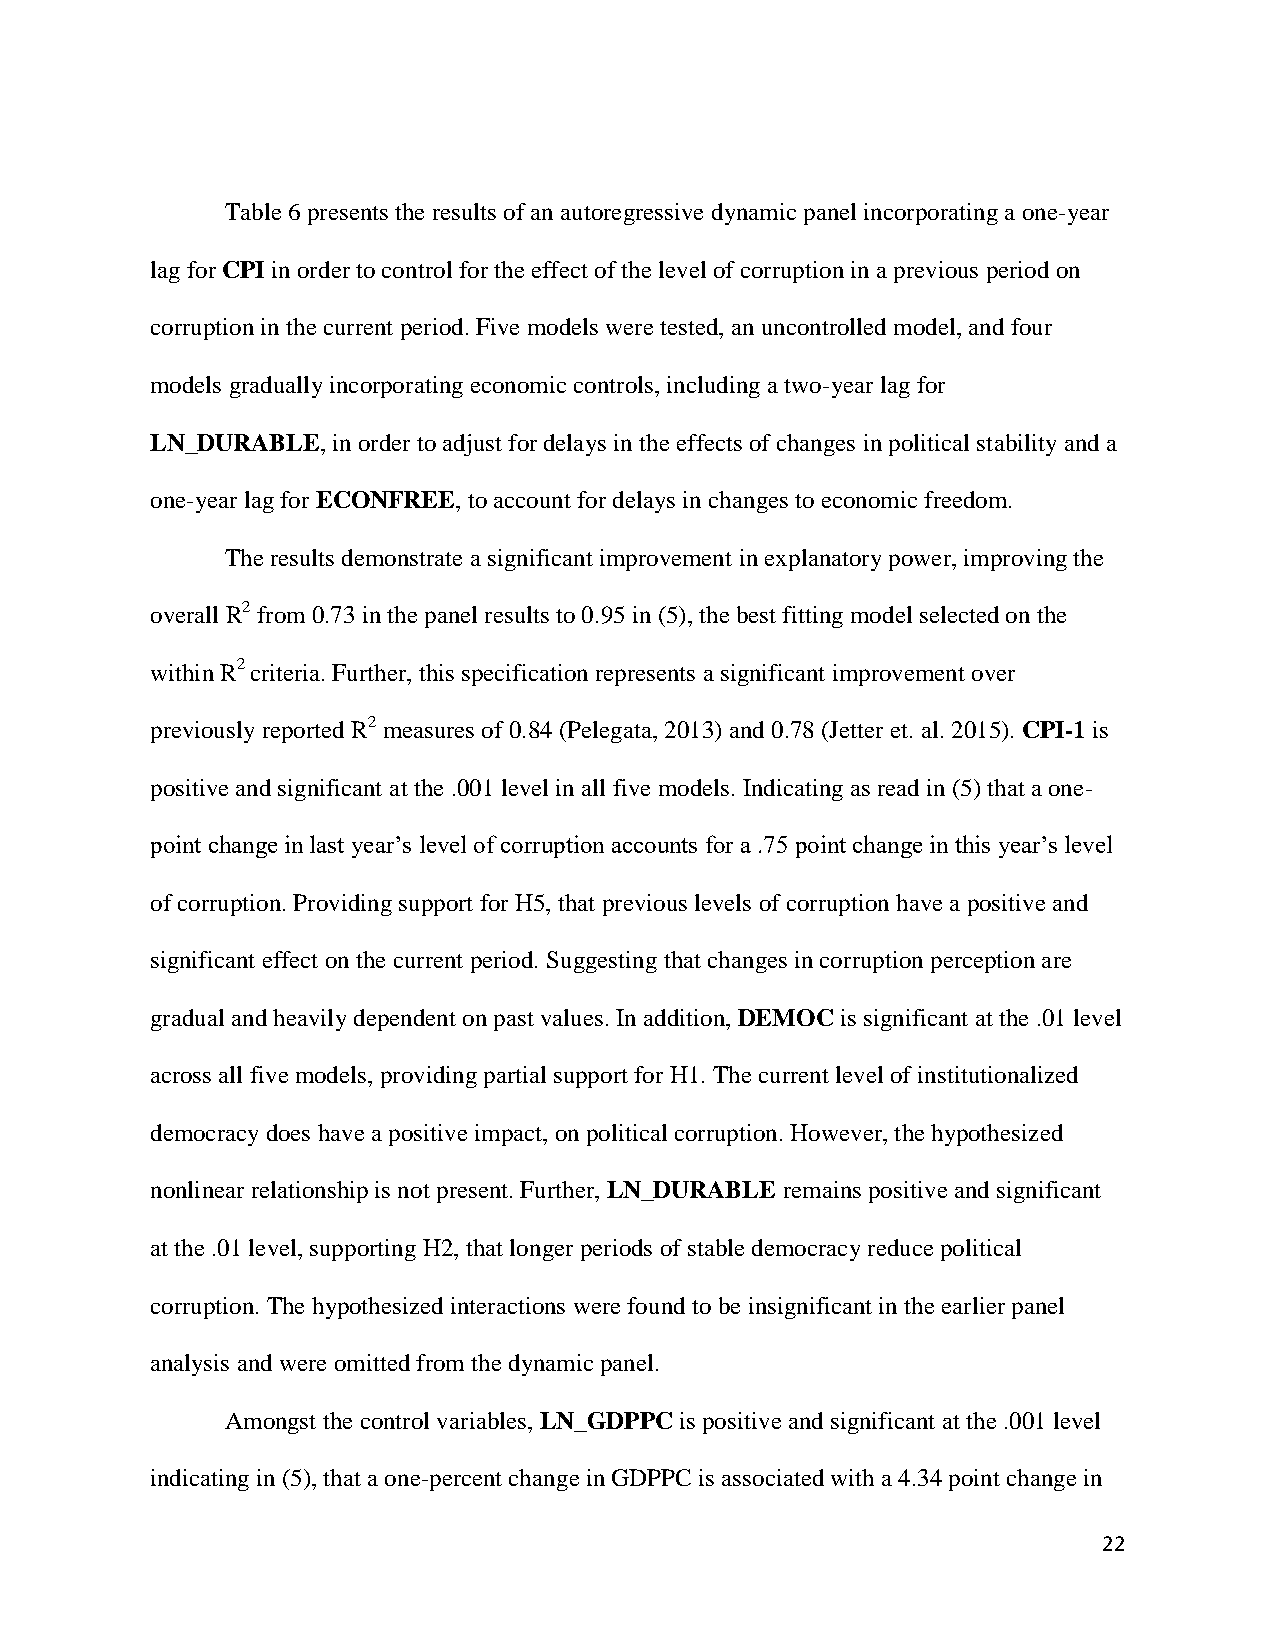
Table 6 presents the results of an autoregressive dynamic panel incorporating a one-year
 lag for CPI in order to control for the effect of the level of corruption in a previous period on
 corruption in the current period. Five models were tested, an uncontrolled model, and four
 models gradually incorporating economic controls, including a two-year lag for
 LN_DURABLE, in order to adjust for delays in the effects of changes in political stability and a
 one-year lag for ECONFREE, to account for delays in changes to economic freedom.
 The results demonstrate a significant improvement in explanatory power, improving the
 overall R2 from 0.73 in the panel results to 0.95 in (5), the best fitting model selected on the
 within R2 criteria. Further, this specification represents a significant improvement over
 previously reported R2 measures of 0.84 (Pelegata, 2013) and 0.78 (Jetter et. al. 2015). CPI-1 is
 positive and significant at the .001 level in all five models. Indicating as read in (5) that a one-
 point change in last year’s level of corruption accounts for a .75 point change in this year’s level
 of corruption. Providing support for H5, that previous levels of corruption have a positive and
 significant effect on the current period. Suggesting that changes in corruption perception are
 gradual and heavily dependent on past values. In addition, DEMOC is significant at the .01 level
 across all five models, providing partial support for H1. The current level of institutionalized
 democracy does have a positive impact, on political corruption. However, the hypothesized
 nonlinear relationship is not present. Further, LN_DURABLE remains positive and significant
 at the .01 level, supporting H2, that longer periods of stable democracy reduce political
 corruption. The hypothesized interactions were found to be insignificant in the earlier panel
 analysis and were omitted from the dynamic panel.
 Amongst the control variables, LN_GDPPC is positive and significant at the .001 level
 indicating in (5), that a one-percent change in GDPPC is associated with a 4.34 point change in
 22